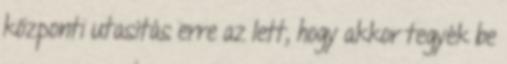
központi utasítás erre az lett, hogy akkor tegyék be